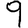
Digit: 9